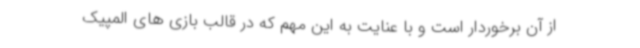
از آن برخوردار است و با عنایت به این مهم که در قالب بازی های المپیک